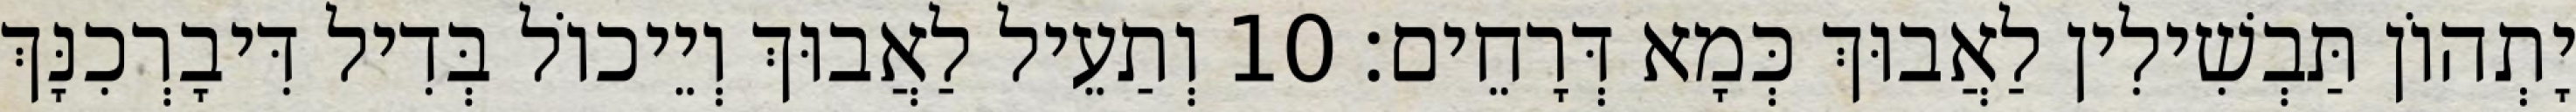
יָתְהוֹן תַּבְשִׁילִין לַאֲבוּךְ כְּמָא דְּרָחֵים׃ 10 וְתַעֵיל לַאֲבוּךְ וְיֵיכוֹל בְּדִיל דִּיבָרְכִנָּךְ